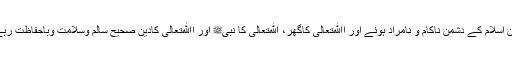
دین اسلام کے دشمن ناکام و نامراد ہوئے اور اﷲتعالی کاگھر، ﷲتعالی کا نبیﷺ اور اﷲتعالی کادین صحیح سالم وسلامت وباحفاظت رہے۔